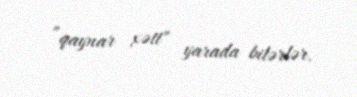
”qaynar xətt" yarada bilərlər.